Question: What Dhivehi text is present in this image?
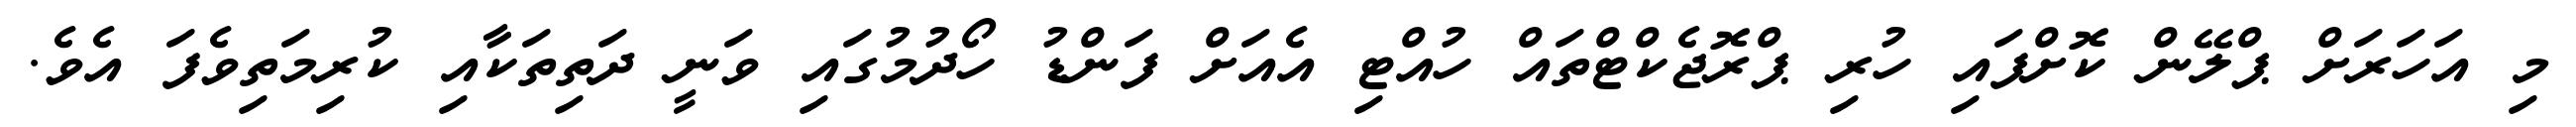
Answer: މި އަހަރަށް ޕްލޭން ކޮށްފައި ހުރި ޕްރޮޖެކްޓްތައް ހުއްޓި އެއަށް ފަންޑު ހޯދުމުގައި ވަނީ ދަތިތަކާއި ކުރިމަތިވެފަ އެވެ.